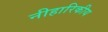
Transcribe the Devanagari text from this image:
नीहारिकीय